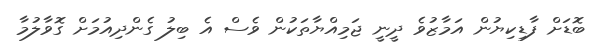
ބޮޑަށް ފާޑިކިޔުން އަމާޒުވެ ދީނީ ޖަމިއްޔާތަކުން ވެސް އެ ބިލު ގެންދިއުމަށް ގޮވާލުމާ